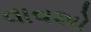
વાવશો